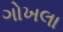
ગોખલા